Lunatic asylums Punjab 1895-1910 - 1895-1910
Year: 1895
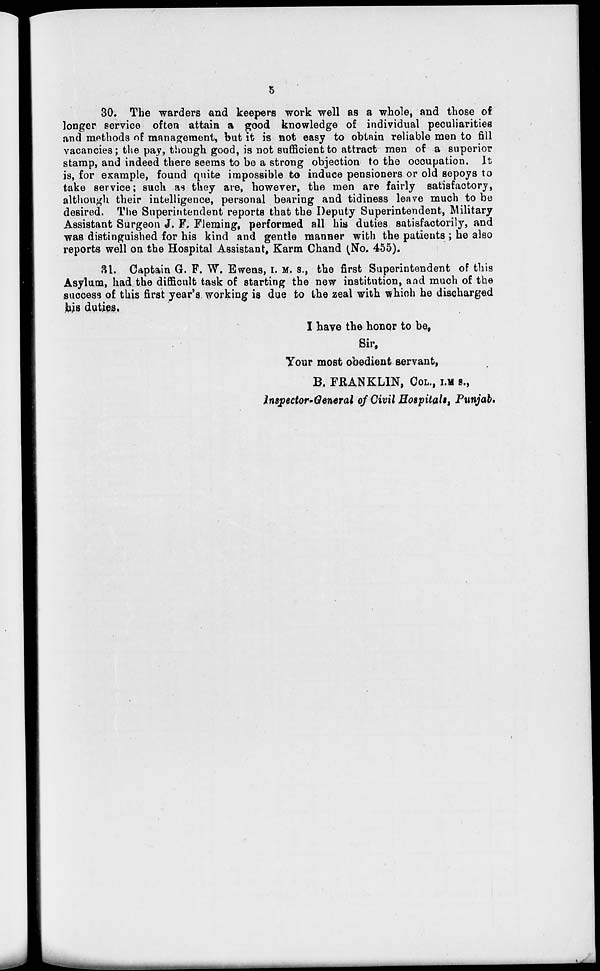
5
30. The warders and keepers work well as a whole, and those of
longer service often attain a good knowledge of individual peculiarities
and methods of management, but it is not easy to obtain reliable men to fill
vacancies; the pay, though good, is not sufficient to attract men of a superior
stamp, and indeed there seems to be a strong objection to the occupation. It
is, for example, found quite impossible to induce pensioners or old sepoys to
take service; such as they are, however, the men are fairly satisfactory,
although their intelligence, personal bearing and tidiness leave much to be
desired. The Superintendent reports that the Deputy Superintendent, Military
Assistant Surgeon J. F. Fleming, performed all his duties satisfactorily, and
was distinguished for his kind and gentle manner with the patients; he also
reports well on the Hospital Assistant, Karm Chand (No, 455).
31. Captain G.F. W. Ewens, I. M. S., the first Superintendent of this
Asylum, had the difficult task of starting the new institution, and much of the
success of this first year's working is due to the zeal with which he discharged
his duties.
I have the honor to be,
Sir.,
Your most obedient servant,
B. FRANKLIN, COL., I.M S.,
Inspector-General of Civil Hospitals, Punjab.